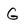
Character: G